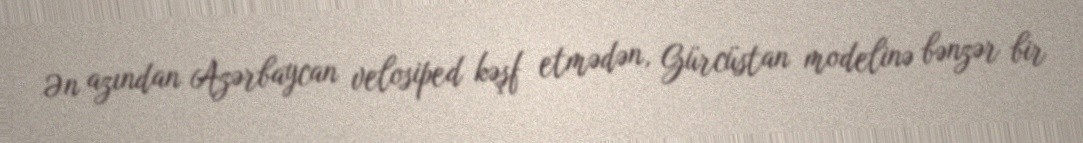
Ən azından Azərbaycan velosiped kəşf etmədən, Gürcüstan modelinə bənzər bir